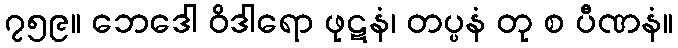
၇၅၉။ ဘေဒေါ ဝိဒါရော ဖုဋနံ၊ တပ္ပနံ တု စ ပီဏနံ။